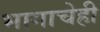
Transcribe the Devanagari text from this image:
भागाचेही